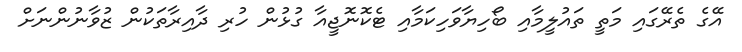
އޭގެ ތެރޭގައި މަތީ ތައުލީމާއި ބޯހިޔާވަހިކަމާއި ޓެކޮނޮޖީއާ ގުޅުން ހުރި ދާއިރާތަކުން ޒުވާނުންނަށް